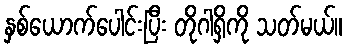
နှစ်ယောက်ပေါင်းပြီး တိုဂါရှိကို သတ်မယ်။